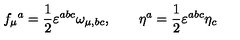
f _ { \mu } { } ^ { a } = \frac { 1 } { 2 } \varepsilon ^ { a b c } \omega _ { \mu , b c } , \qquad \eta ^ { a } = \frac { 1 } { 2 } \varepsilon ^ { a b c } \eta _ { c }